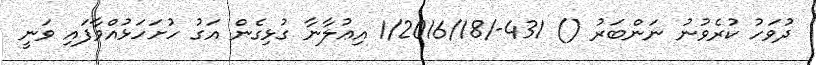
ދުވަހު ކުރެވުނު ނަންބަރު () 431-/1/2016/18 އިޢުލާނާ ގުޅިގެން އަގު ހުށަހަޅުއްވާފައި ވަނީ